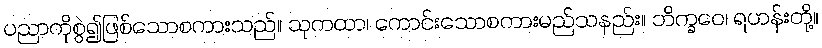
ပညာကိုစွဲ၍ဖြစ်သောစကားသည်။ သုကထာ၊ ကောင်းသောစကားမည်သနည်း။ ဘိက္ခဝေ၊ ရဟန်းတို့။